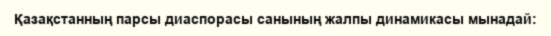
Қазақстанның парсы диаспорасы санының жалпы динамикасы мынадай: